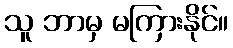
သူ ဘာမှ မကြားနိုင်။